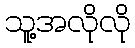
သူ့အလိုလို